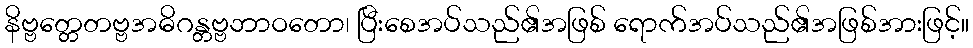
နိဗ္ဗတ္တေတဗ္ဗအဓိဂန္တဗ္ဗဘာဝတော၊ ပြီးစေအပ်သည်၏အဖြစ် ရောက်အပ်သည်၏အဖြစ်အားဖြင့်။